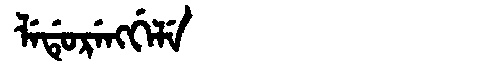
Manchu: ᠯᡝᡩᡠᡵᡝᠩᡤᡝᠯᡝ
Romanization: LEDURENGGELE